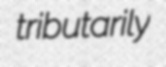
tributarily